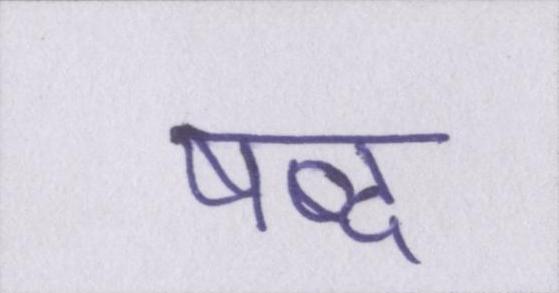
षब्द